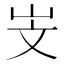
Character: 㞵